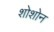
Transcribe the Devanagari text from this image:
शोशोन